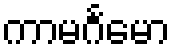
ကာမင်္ဂမော